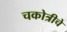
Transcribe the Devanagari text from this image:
चकोत्रीचे